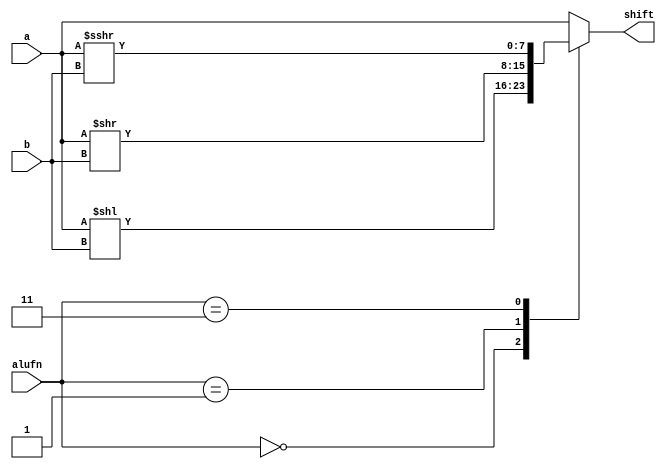
module shift8Bit_14 (
    input [7:0] a,
    input [2:0] b,
    input [1:0] alufn,
    output reg [7:0] shift
  );
  
  
  
  always @* begin
    
    case (alufn)
      2'h0: begin
        shift[0+7-:8] = a[0+7-:8] << b[0+2-:3];
      end
      2'h1: begin
        shift[0+7-:8] = a[0+7-:8] >> b[0+2-:3];
      end
      2'h3: begin
        shift[0+7-:8] = $signed(a) >>> b[0+2-:3];
      end
      default: begin
        shift[0+7-:8] = a[0+7-:8];
      end
    endcase
  end
endmodule